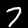
Label: 7